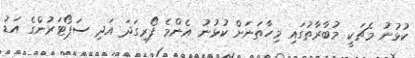
ކުޅުނު މެޗަކީ މުބާރާތުގައި މިހާތަނަށް ކުޅުނު އެންމެ ފޯރިގަދަ އަދި ސަޕޯޓަރުންގެ އަޑު